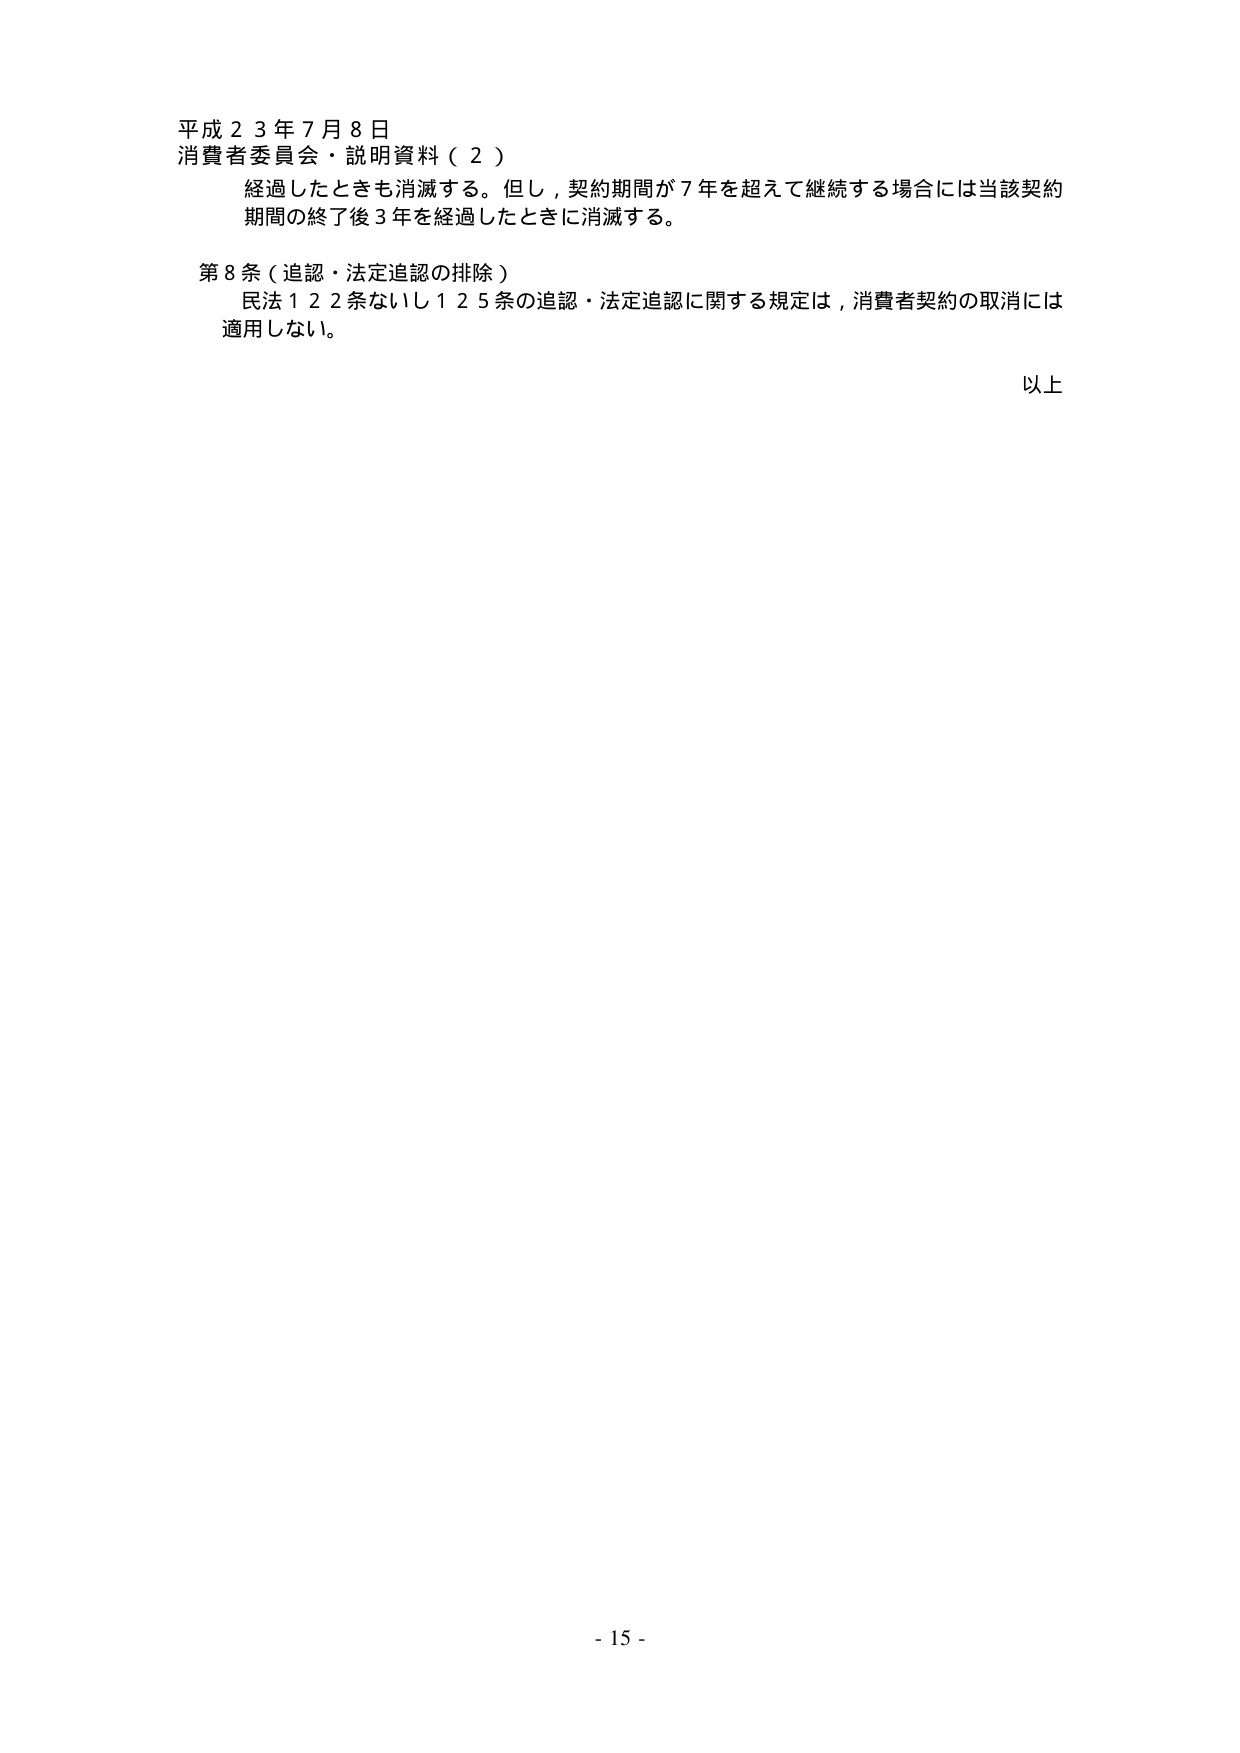
平成２３年７月８日
消費者委員会・説明資料（２）
経過したときも消滅する。但し，契約期間が７年を超えて継続する場合には当該契約
期間の終了後３年を経過したときに消滅する。
第８条（追認・法定追認の排除）
民法１２２条ないし１２５条の追認・法定追認に関する規定は，消費者契約の取消には
適用しない。
以上
- 15 -